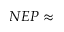
N E P \approx